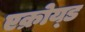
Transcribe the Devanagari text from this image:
एक्रोय्ड